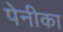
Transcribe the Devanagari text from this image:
पेनीका